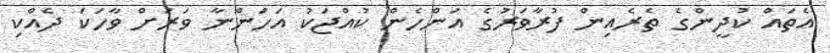
އެތައް ކުދީންގެ ތެރެއިން ފުރާވަރުގެ އަންހެން ކުއްޖަކު އަހަންނާ ވަރަށް ވާހަކަ ދެއްކި